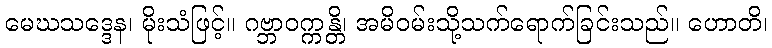
မေဃသဒ္ဒေန၊ မိုးသံဖြင့်။ ဂဗ္ဘာဝက္ကန္တိ၊ အမိဝမ်းသို့သက်ရောက်ခြင်းသည်။ ဟောတိ၊